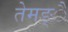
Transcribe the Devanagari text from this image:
तेमङ्ै